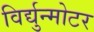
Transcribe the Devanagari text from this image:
विर्द्युन्मोटर